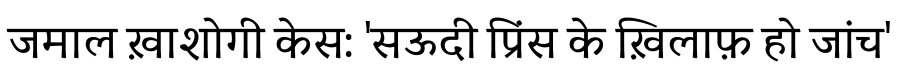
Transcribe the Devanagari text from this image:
जमाल ख़ाशोगी केस: 'सऊदी प्रिंस के ख़िलाफ़ हो जांच'